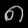
Digit: ၈